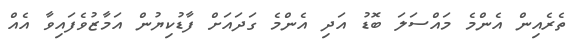
ތެރެއިން އެންމެ މައްސަލަ ބޮޑު އަދި އެންމެ ގަދައަށް ފާޑުކިޔުން އަމާޒުވެފައިވާ އެއް